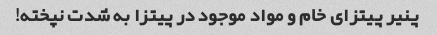
پنیر پیتزای خام و مواد موجود در پیتزا به شدت نپخته!